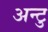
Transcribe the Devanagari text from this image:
अन्टु